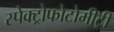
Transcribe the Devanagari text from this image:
स्पेक्ट्रोफोटोमीट्री